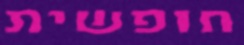
חופשית